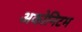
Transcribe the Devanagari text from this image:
अकोनिटम